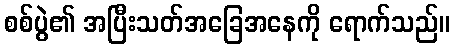
စစ်ပွဲ၏ အပြီးသတ်အခြေအနေကို ရောက်သည်။